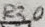
Text: R30